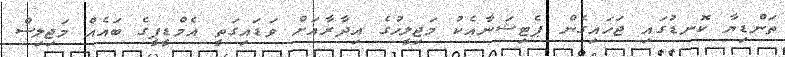
ތަންޑިޔާ ކޮނޑުގައި ޖަހައިގެން ޕެޓިޝަނާއެކު މަޖިލީހުގެ އިދާރާއަށް ވަޑައިގަތީ އެމްޑީޕީގެ ބައެއް މަޖިލިސް